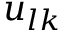
u _ { l k }